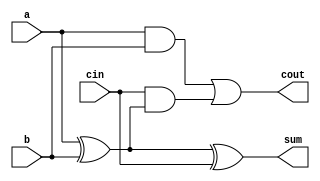
module full_adder(a,b,sum,cin,cout);
input a,b,cin;
output sum,cout;
assign sum=a^b^cin;
assign cout=(a & b) | cin & (a ^ b);
endmodule


module overflow(a,b,sum,cin,cout,of);

input [3:0]a,b;
input cin;
output [3:0]sum;
output cout;
output reg of;
wire w1,w2,w3;

full_adder f1(a[0],b[0],sum[0],cin,w1);
full_adder f2(a[1],b[1],sum[1],w1,w2);
full_adder f3(a[2],b[2],sum[2],w2,w3);
full_adder f4(a[3],b[3],sum[3],w3,cout);

always @(cin or cout)
begin

if(w3^cout)
begin
of=1;
$display("overflow detected for input %b , %b", a, b);
end

else

begin
of =0;
$display("overflow notdetected for input %b , %b", a, b);
end

end
 
endmodule